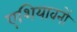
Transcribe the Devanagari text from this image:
एशियावनों